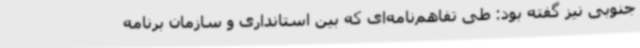
جنوبی نیز گفته بود: طی تفاهم‌نامه‌ای که بین استانداری و سازمان برنامه